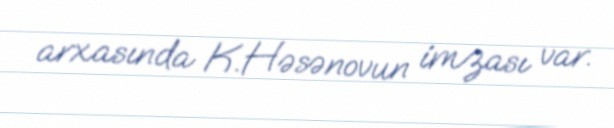
arxasında K.Həsənovun imzası var.